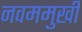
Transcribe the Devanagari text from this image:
नवममुखी